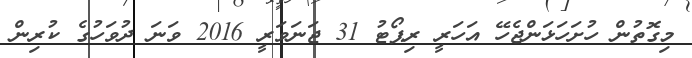
މިގޮތުން ހުށަހަޅަންޖެހޭ އަހަރީ ރިޕޯޓު 31 ޖަނަވަރީ 2016 ވަނަ ދުވަހުގެ ކުރިން